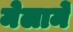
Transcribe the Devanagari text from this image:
मेलार्मे